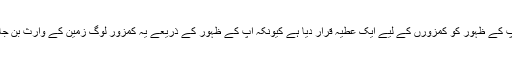
اللہ نے آپ کے ظہور کو کمزورں کے لیے ایک عطیہ قرار دیا ہے کیونکہ آپ کے ظہور کے ذریعے یہ کمزور لوگ زمین کے وارث بن جائیں گے ۔